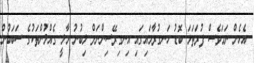
އެހެން ނަމަވެސް ފުރަތަމަ ބޮޑު ހަނގުރާމައިގައި އިނގިރޭސިންނަށް ލިބުނު މާލީ ގެއްލުންތަކުގެ ސަބަބުން